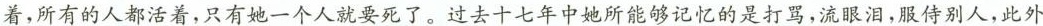
着，所有的人都活着，只有她一个人就要死了。过去十七年中她所能够记忆的是打骂，流眼泪，服侍别人，此外